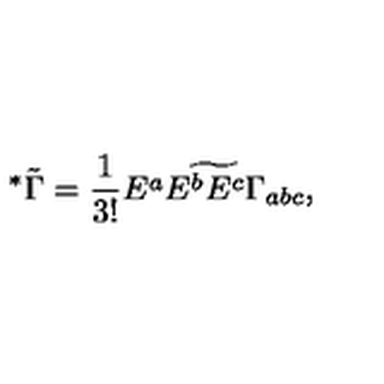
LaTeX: ^ * \tilde { \Gamma } = { \frac { 1 } { 3 ! } } \widetilde { E ^ { a } E ^ { b } E ^ { c } \Gamma _ { a b c } } ,